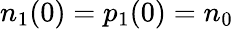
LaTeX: n_{1}(0)=p_{1}(0)=n_{0}